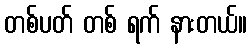
တစ်ပတ် တစ် ရက် နားတယ်။